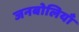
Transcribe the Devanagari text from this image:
जनबोलियाँ